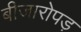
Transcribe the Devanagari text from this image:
बीजारोपड़